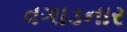
વગાડનાર